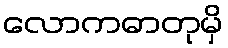
လောကဓာတုမှိ